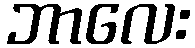
ဘာလေး